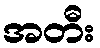
အတီး